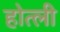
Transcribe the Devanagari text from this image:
होत्ली